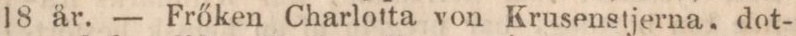
18 år. — Frőken Charlotta von krusenstjerna, dot-